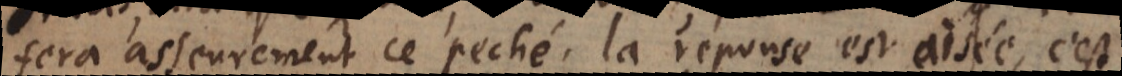
ra asseurement ce peché, la reponse est aisée, c’est